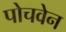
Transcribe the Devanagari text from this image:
पोचवेन